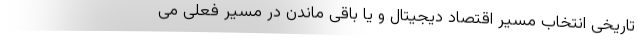
تاریخی انتخاب مسیر اقتصاد دیجیتال و یا باقی ماندن در مسیر فعلی می